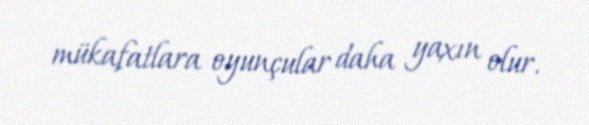
mükafatlara oyunçular daha yaxın olur.